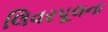
લિવરપૂલના